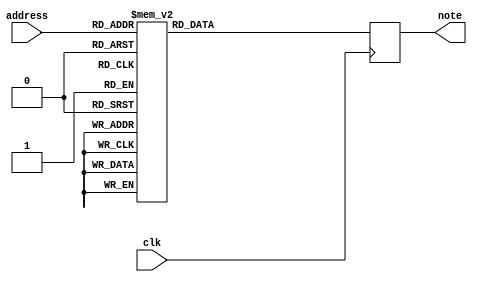
`timescale 1ns / 1ps
//////////////////////////////////////////////////////////////////////////////////
// Company: 
// Engineer: 
// 
// Design Name: 
// Module Name: music_ROM
// Project Name: 
// Target Devices: 
// Tool Versions: 
// Description: 
// 
// Dependencies: 
// 
// Revision:
// Revision 0.01 - File Created
// Additional Comments:
// 
//////////////////////////////////////////////////////////////////////////////////



module music_ROM(
	input clk,
	input [7:0] address,
	output reg [7:0] note
);

  parameter MAX_COUNT1 = 1_000_000 - 1;
     reg [26:0] counter_100M;
     wire counter_en1;

always @(posedge clk)
       begin
      if(counter_100M == MAX_COUNT1)
            counter_100M <=0;
        else
            counter_100M <= counter_100M + 1'b1;
     end
     
    assign counter_en1 = counter_100M == 0;

always @(posedge clk)

case(address)
	  0: note<= 8'd27;
	  1: note<= 8'd27;
	  2: note<= 8'd27;
	  3: note<= 8'd27;
	  4: note<= 8'd27;
	  5: note<= 8'd0;
	  6: note<= 8'd0;
	  7: note<= 8'd27;
	  8: note<= 8'd27;
	  9: note<= 8'd27;
	 10: note<= 8'd27;
	 11: note<= 8'd27;
	 12: note<= 8'd0;
	 13: note<= 8'd0;
	 14: note<= 8'd27;
	 15: note<= 8'd27;
	 16: note<= 8'd27;
	 17: note<= 8'd27;
	 18: note<= 8'd27;
	 19: note<= 8'd27;
	 20: note<= 8'd27;
	 21: note<= 8'd27;
	 22: note<= 8'd27;
	 23: note<= 8'd27;
	 24: note<= 8'd00;
	 25: note<= 8'd00;
	 26: note<=8'd27;
	 27: note<=8'd27;
	 28: note<=8'd27;
	 29: note<=8'd27;
	 30: note<=8'd27;
	 31: note<=8'd0; 
	 32: note<=8'd0; 
	 33: note<=8'd27;
	 34: note<=8'd27;
	 35: note<=8'd27;
	 36: note<=8'd27;
	 37: note<=8'd27;
	 38: note<=8'd0; 
	 39: note<=8'd0; 
	 40: note<=8'd27;
	 41: note<=8'd27;
	 42: note<=8'd27;
	 43: note<=8'd27;
	 44: note<=8'd27;
	 45: note<=8'd27;
	 46: note<=8'd27;
	 47: note<=8'd27;
	 48: note<=8'd27;
	 49: note<=8'd27;
	 50: note<=8'd00;
	 51: note<=8'd00;
	 52: note<=8'd27;
	 53: note<=8'd27;
	 54: note<=8'd27;
	 55: note<=8'd27;
	 56: note<=8'd27;
	 57: note<=8'd00;
	 58: note<=8'd00;
	 59: note<=8'd30;
	 60: note<=8'd30;
	 61: note<=8'd30;
	 62: note<=8'd30;
	 63: note<=8'd30;
	 64: note<=8'd00;
	 65: note<=8'd00;
	 66: note<=8'd23;
	 67: note<=8'd23;
	 68: note<=8'd23;
	 69: note<=8'd23;
	 70: note<= 8'd23;
	 71: note<= 8'd23;
	 72: note<= 8'd00;
	 73: note<= 8'd00;
	 74: note<= 8'd25;
	 75: note<= 8'd25;
	 76: note<= 8'd25;
	 77: note<= 8'd25;
	 78: note<= 8'd25;
	 79: note<= 8'd25;
	 80: note<= 8'd00;
	 81: note<= 8'd00;
	 
	 82: note<= 8'd27;
	 83: note<= 8'd27;
	 84: note<= 8'd27;
	 85: note<= 8'd27;
	 86: note<= 8'd27;
	 87: note<= 8'd27;
	 88: note<= 8'd27;
	 89: note<= 8'd27;
	 90: note<= 8'd27;
	 91: note<= 8'd27;
	 92: note<= 8'd27;
	 
	 93: note<= 8'd27;
	 94: note<= 8'd27;
	 95: note<= 8'd27;
	 96: note<= 8'd27;
	 97: note<= 8'd27;
	 	 
	 98: note<= 8'd28;
	 98: note<= 8'd28;
	 99: note<= 8'd28;
	 100: note<= 8'd28;
	 101: note<= 8'd28;
	 
	102: note<= 8'd00;
	103: note<= 8'd00;
	
	103: note<= 8'd28;
	104: note<= 8'd28;
	105: note<= 8'd28;
	106: note<= 8'd28;
	107: note<= 8'd28;
	
	108: note<= 8'd00;
	109: note<= 8'd00;
	
	110: note<= 8'd28;
	111: note<= 8'd28;
	112: note<= 8'd28;
	113: note<= 8'd28;
	114: note<= 8'd28;
	
	115: note<= 8'd00;
	116: note<= 8'd00;
	
	117: note<= 8'd28;
	118: note<= 8'd28;
	119: note<= 8'd28;
	120: note<= 8'd28;
	121: note<= 8'd28;
	
	122: note<= 8'd00;
	123: note<= 8'd00;
	
	124: note<= 8'd28;
	125: note<= 8'd28;
	126: note<= 8'd28;
	127: note<= 8'd28;
	128: note<= 8'd28;
	
	130: note<= 8'd00;
	131: note<= 8'd00;
	
	132: note<= 8'd27;
	133: note<= 8'd27;
	134: note<= 8'd27;
	135: note<= 8'd27;
	136: note<= 8'd27;
	
	137: note<= 8'd00;
	138: note<= 8'd00;
	
	139: note<= 8'd27;
	140: note<= 8'd27;
	141: note<= 8'd27;
	142: note<= 8'd27;
	143: note<= 8'd27;
	
	144: note<= 8'd00;
	145: note<= 8'd00;
	
	146: note<= 8'd27;
	147: note<= 8'd27;
	148: note<= 8'd27;
	149: note<= 8'd27;
	150: note<= 8'd27;
	
	151: note<= 8'd00;
	152: note<= 8'd00;
	
	153: note<= 8'd27;
	154: note<= 8'd27;
	155: note<= 8'd27;
	156: note<= 8'd27;
	157: note<= 8'd27;
	
	158: note<= 8'd00;
	159: note<= 8'd00;
	
	160: note<= 8'd25;
	161: note<= 8'd25;
	162: note<= 8'd25;
	163: note<= 8'd25;
	164: note<= 8'd25;

	165: note<= 8'd00;
	166: note<= 8'd00;
	
	167: note<= 8'd25;
	168: note<= 8'd25;
	169: note<= 8'd25;
	170: note<= 8'd25;
	171: note<= 8'd25;
	
	172: note<= 8'd00;
	173: note<= 8'd00;
	
	174: note<= 8'd27;
	175: note<= 8'd27;
	176: note<= 8'd27;
	177: note<= 8'd27;
	178: note<= 8'd27;
	
	179: note<= 8'd00;
	180: note<= 8'd00;
	
	181: note<= 8'd25;
	182: note<= 8'd25;
	183: note<= 8'd25;
	184: note<= 8'd25;
	185: note<= 8'd25;
	186: note<= 8'd25;
	187: note<= 8'd25;
	188: note<= 8'd25;
	189: note<= 8'd25;
	190: note<= 8'd25;
	
	191: note<= 8'd30;
	192: note<= 8'd30;
	193: note<= 8'd30;
	194: note<= 8'd30;
	195: note<= 8'd30;
	196: note<= 8'd30;
	197: note<= 8'd30;
	198: note<= 8'd30;
	199: note<= 8'd30;
	200: note<= 8'd30;

	default: note <= 8'd0;
endcase
endmodule

/////////////////////////////////////////////////////